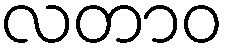
လတာဝ